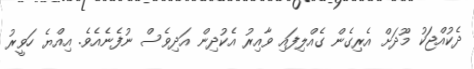
ދެކުއްޖަކު މޫދަށް އެރިގެން ގެއްލިފައި ވާއިރު އެކުދިން އަދިވެސް ނުފެނެއެވެ. އިއްޔެ ހަވީރު